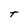
Character: t